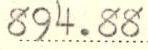
894.88